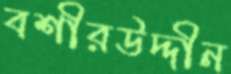
বশীরউদ্দীন